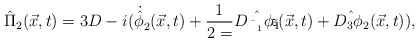
\begin{align*}{\hat{\Pi}}_2 (\vec{x},t)=3D-i({\dot{\hat{\phi}}}_2(\vec{x},t)+\frac{1}{2=} \hat{D_{{\bar{z}}_1}\phi_1}(\vec{x},t)+\hat{D_3\phi_2}(\vec{x},t)),\end{align*}